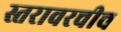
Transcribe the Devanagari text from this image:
स्तरावरचीच